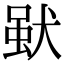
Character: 𤟩